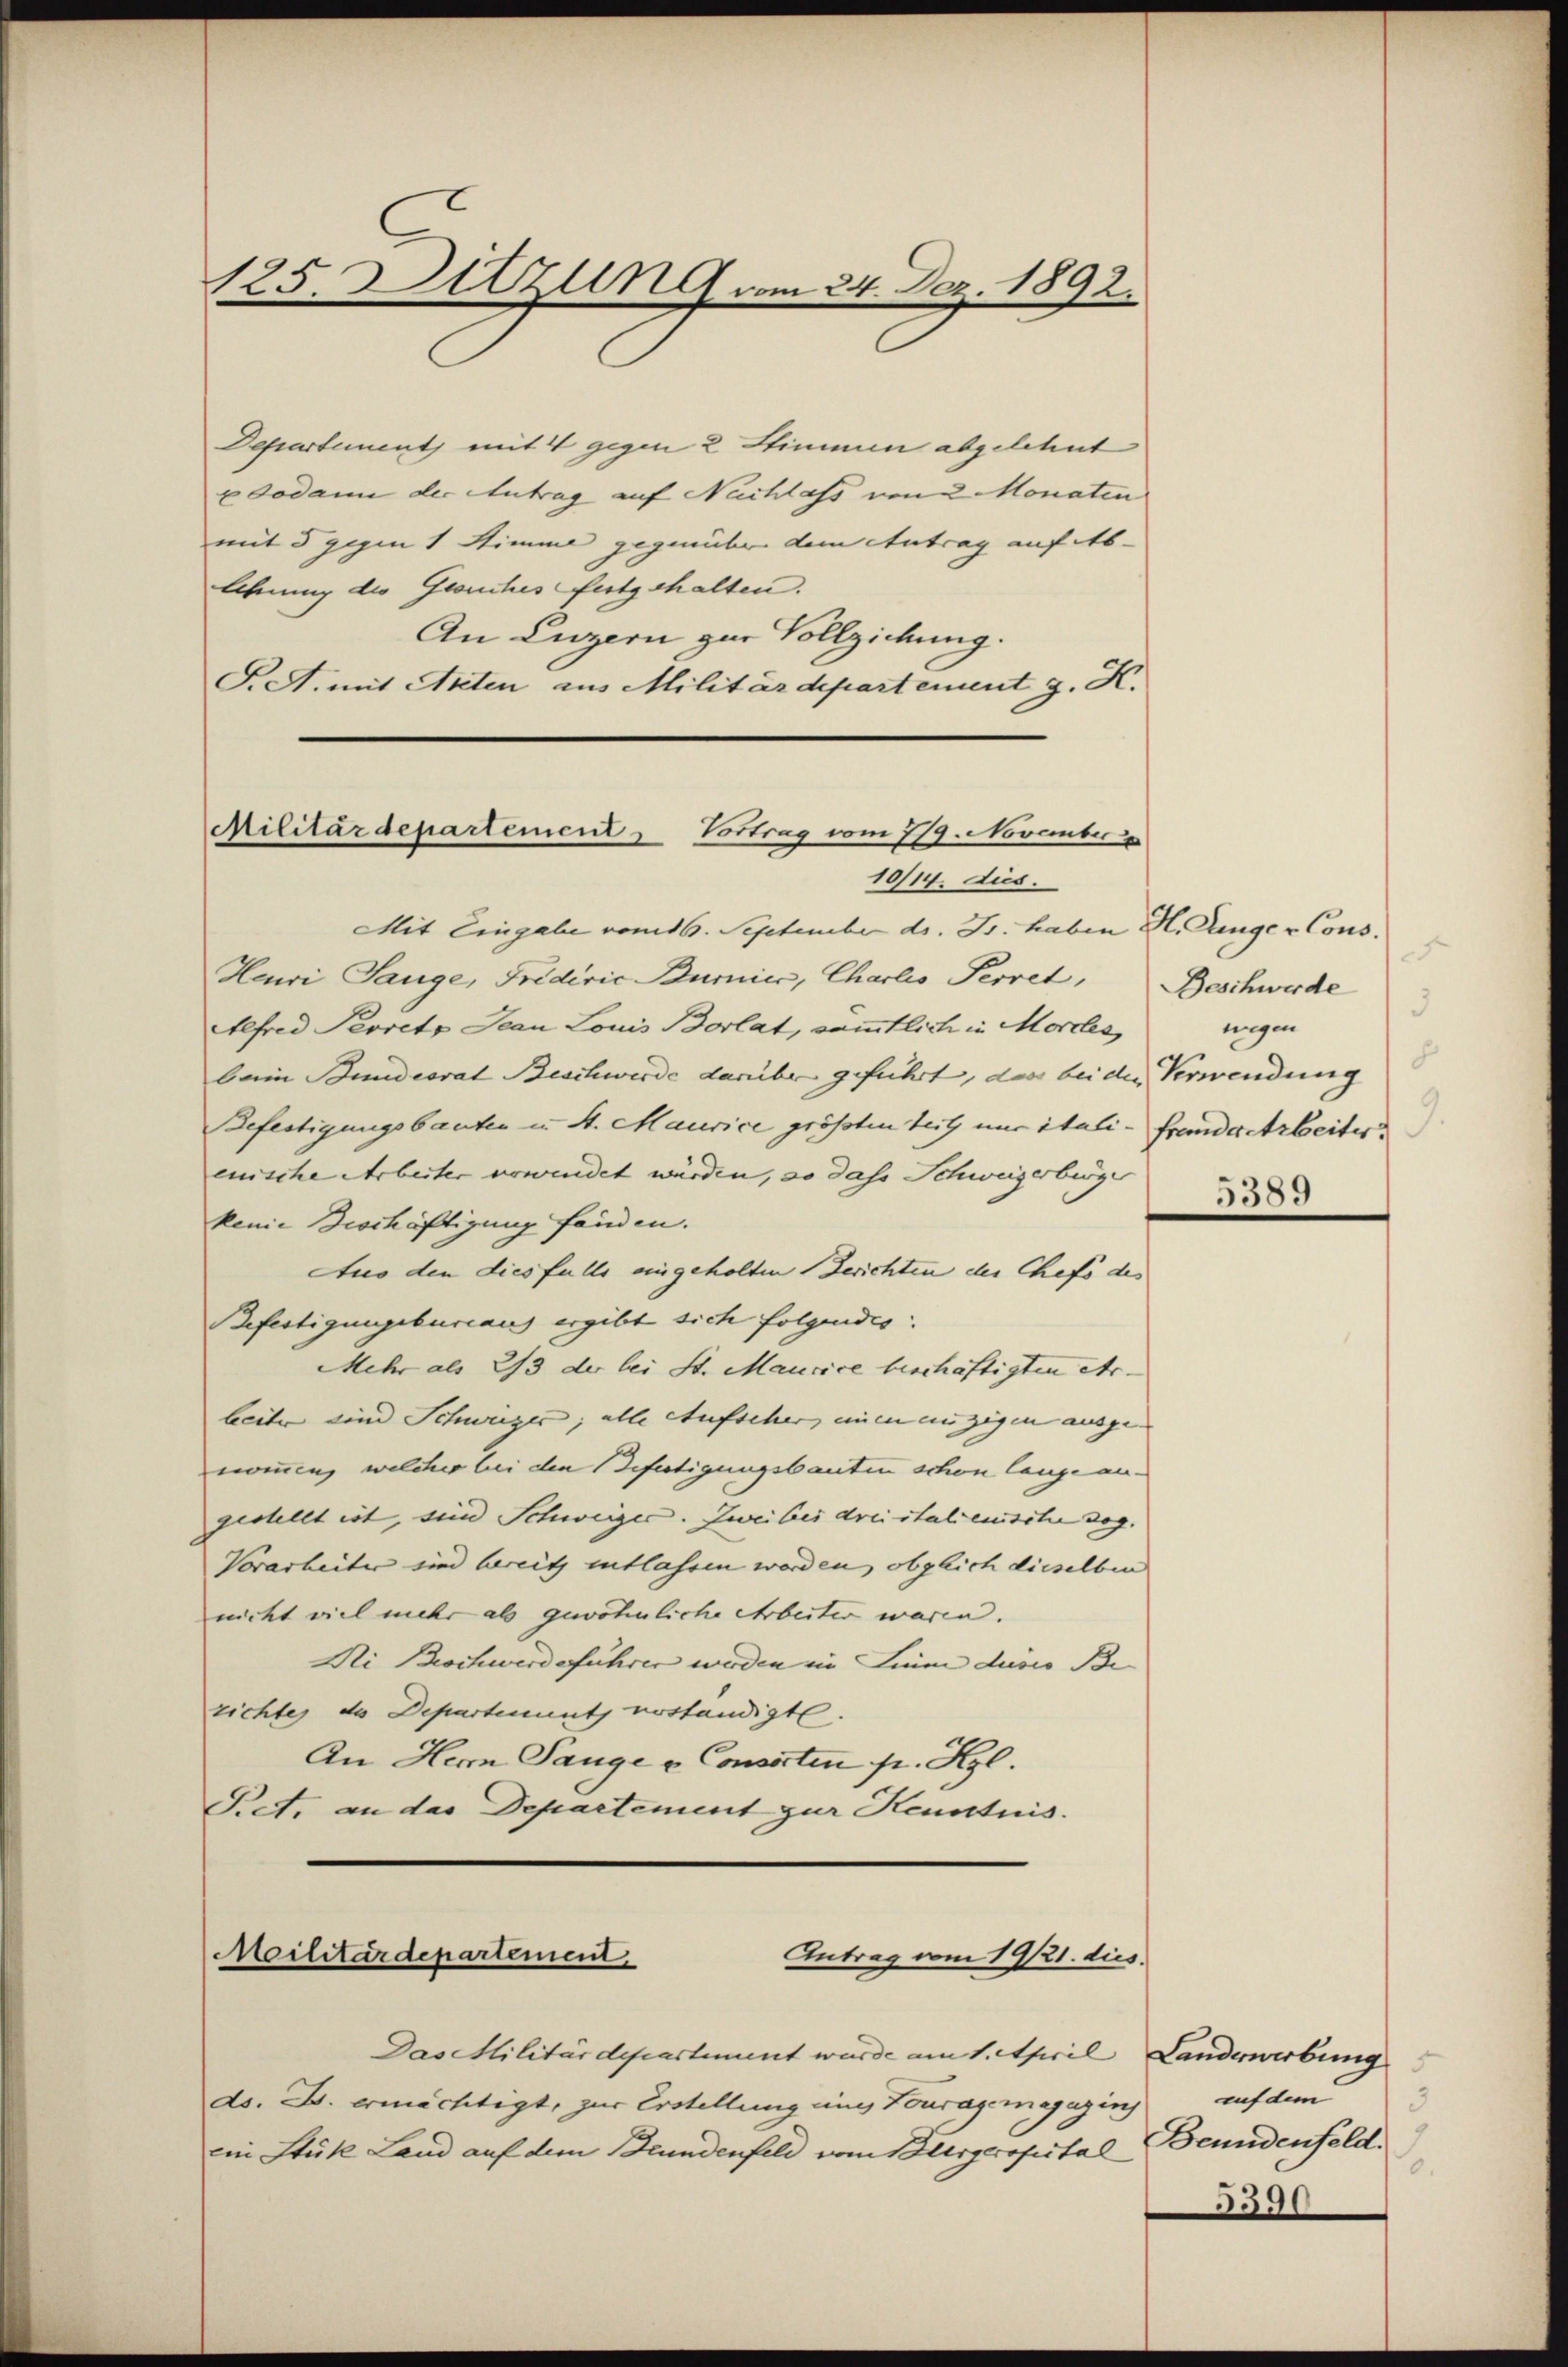
125. Sitzung vom 24. Dez. 1892.

Departement mit 4 gegen 2 Stimmen abgelehnt
xdodann der Antrag auf Nachlass von 2 Monaten
mit 5 gegen 1 Stimme gegenüber dem Antrag auf Ab-
Ahnung des Gesuches festgehalten.
An Luzern zur Vollziehung.
S. A. mit Arten aus Militärdepartement g. K.

Militärdepartement
Vortrag vom 719. November

10/14. dies.
Mit Eingabe vom 16. September d. Js. haben H. Anger Cons.
Heuri Tange, Friderie Burnier, Charlo Perret,
Alfred Persetz Jean Louis Borlat, sämmtlich in Mordes,
bein Bundesrat Beschwerde darüber geführt, das bei der Verwendung
Befestigungsbauter u St. Maurice größten Zeit nur itali-Frandarbeiter
emische Arbeiter verwendet würden, so dass Schweizerbürger
keine Beschäftigung fänden.
Aus den diesfalls eingeholten Gerichten der Chefs des
Befestigungsbureau ergibt sich folgendes:
Mehr als 2/3 der bei St. Mancice beschäftigten Ar-
beiter sind Schweizer, alle Aufscher, einen einzigen ausge- |
nommen welcher bei den Befertigungsbauten schon lange angestellt ist, sind Schweiger. Zweibes dreistalienische sog.
Vorarbeiter und bereits entlassen werden, obgleich dieselben
nicht viel mehr als gewöhnliche Arbeiter waren.
Ni Beschwerdeführen werden in Sinne dusis Bezichtes de Departenuntz erständigt.
An Herrn Tange v. Consorten pr. Kgl.
Piet, an das Departement zur Kenntnis.

Militärdepartement
Antrag vom 19/21. dies

Das Militärdepartement wurde am 1. April, Landererbung
do. B. ermächtigt, zur Erstellung in Touragsmagazin
ein Stük Land auf dem Bundenfeld vom Bergerspital

e
Beschwerde
3
nigen

5389

5
auf dem
d
Beundenfeld.
.
5390